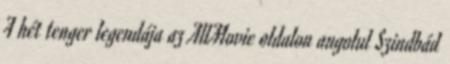
A hét tenger legendája az AllMovie oldalon angolul Szindbád